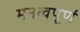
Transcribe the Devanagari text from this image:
मनत्वपूर्ण